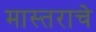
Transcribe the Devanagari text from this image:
मास्तराचे